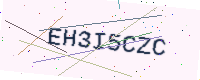
Text: EH3I5CZC